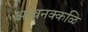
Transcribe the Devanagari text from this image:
अरवनक्कळि